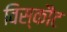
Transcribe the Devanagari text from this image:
विस्कौंट